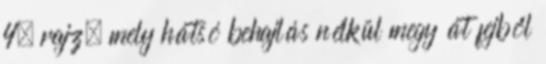
4. rajz, mely hátsó behajlás nélkül megy át fejből